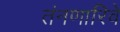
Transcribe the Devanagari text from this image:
तंनणारिवे